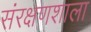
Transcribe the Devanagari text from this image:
संरक्षणशाला